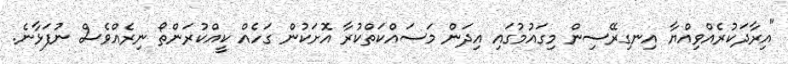
"އިރާދަކުރެއްވިއްޔާ އިނގިރޭސިން މިގައުމުގައި އިދަން މަސައްކަތްކުރާ އޮށަކުން ގަހެއް ކީއްކުރަންތޯ ނިރެއްވެސް ނުފަޅާނެ.